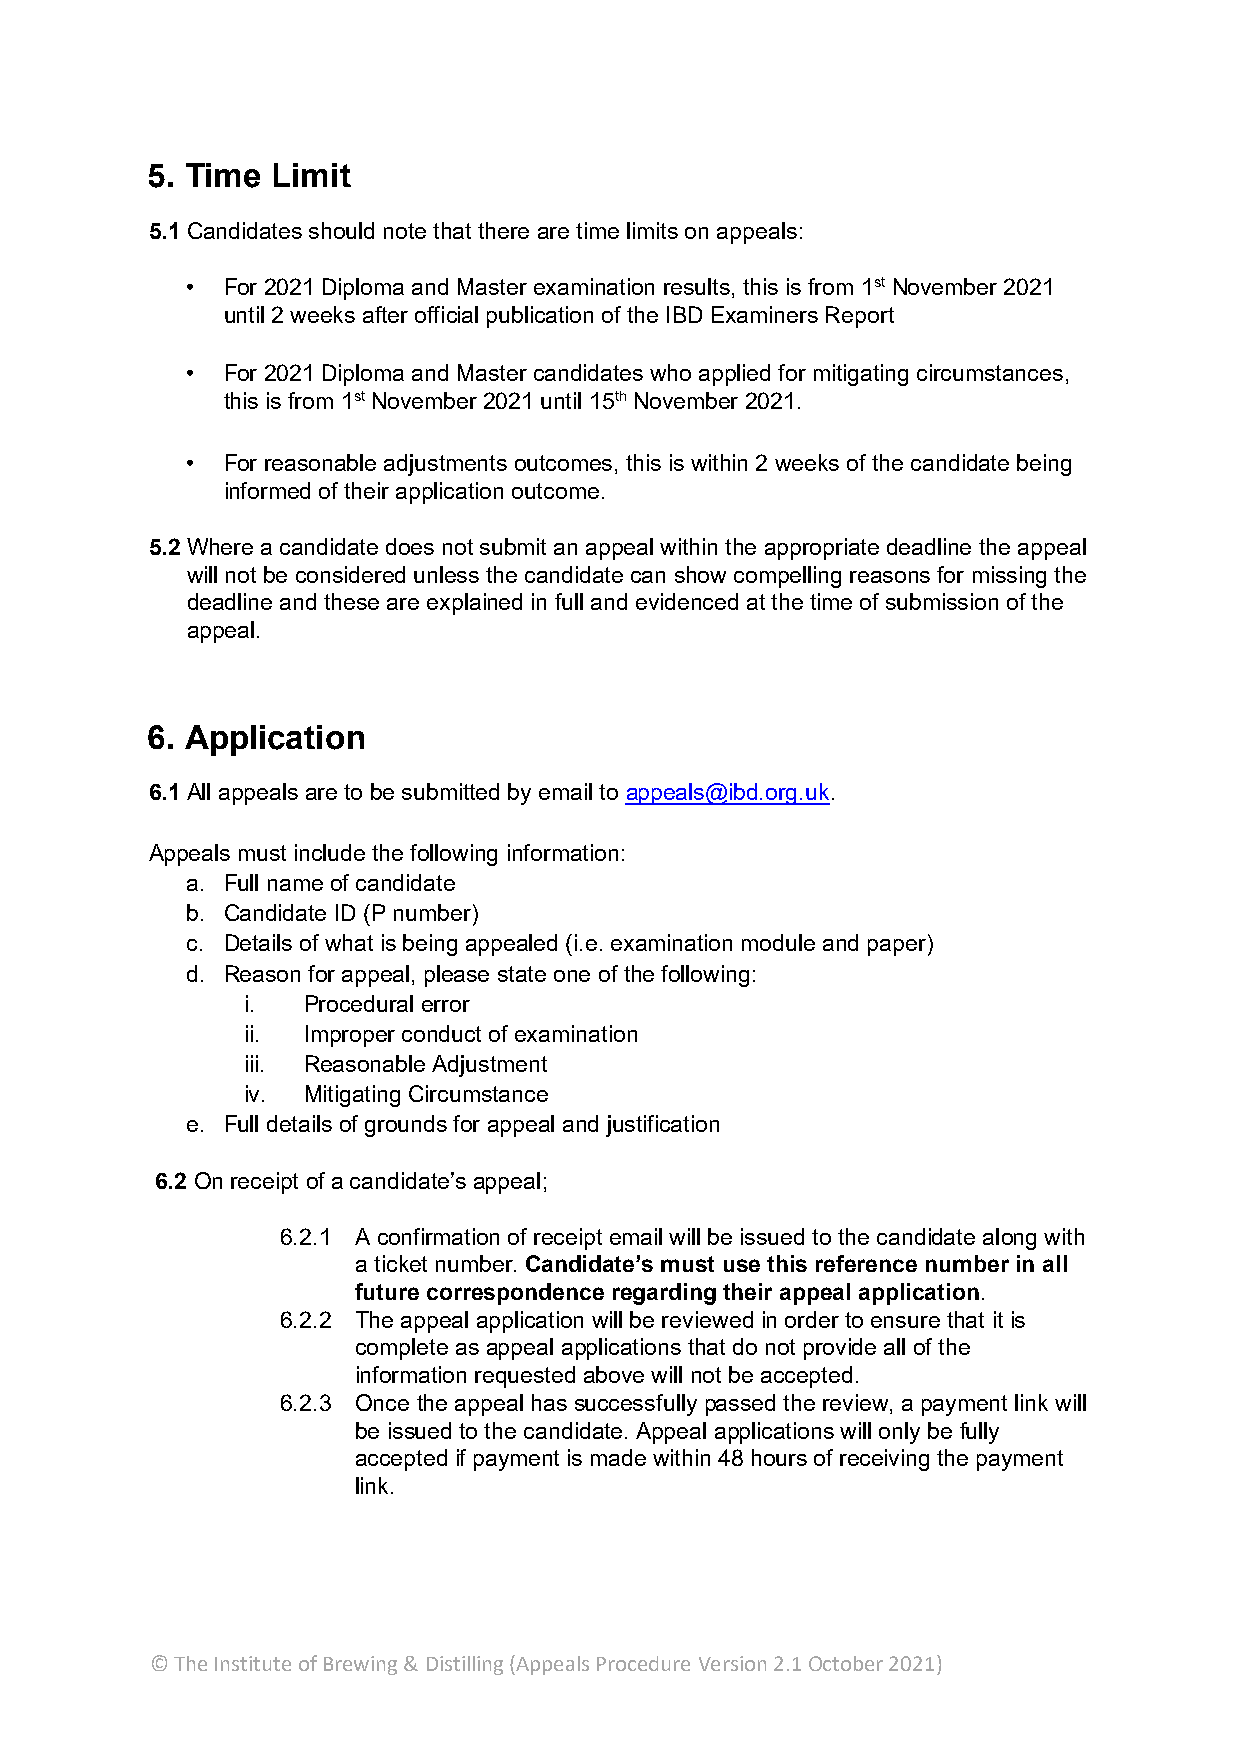
5. Time Limit
 5.1 Candidates should note that there are time limits on appeals:
 •  For 2021 Diploma and Master examination results, this is from 1st November 2021
 until 2 weeks after official publication of the IBD Examiners Report
 •  For 2021 Diploma and Master candidates who applied for mitigating circumstances,
 this is from 1st November 2021 until 15th November 2021.
 •  For reasonable adjustments outcomes, this is within 2 weeks of the candidate being
 informed of their application outcome.
 5.2 Where a candidate does not submit an appeal within the appropriate deadline the appeal
 will not be considered unless the candidate can show compelling reasons for missing the
 deadline and these are explained in full and evidenced at the time of submission of the
 appeal.
 6. Application
 6.1 All appeals are to be submitted by email to appeals@ibd.org.uk.
 Appeals must include the following information:
 a. Full name of candidate
 b. Candidate ID (P number)
 c. Details of what is being appealed (i.e. examination module and paper)
 d. Reason for appeal, please state one of the following:
 i.  Procedural error
 ii. Improper conduct of examination
 iii. Reasonable Adjustment
 iv. Mitigating Circumstance
 e. Full details of grounds for appeal and justification
 6.2 On receipt of a candidate’s appeal;
 6.2.1 A confirmation of receipt email will be issued to the candidate along with
 a ticket number. Candidate’s must use this reference number in all
 future correspondence regarding their appeal application.
 6.2.2 The appeal application will be reviewed in order to ensure that it is
 complete as appeal applications that do not provide all of the
 information requested above will not be accepted.
 6.2.3 Once the appeal has successfully passed the review, a payment link will
 be issued to the candidate. Appeal applications will only be fully
 accepted if payment is made within 48 hours of receiving the payment
 link.
 © The Institute of Brewing & Distilling (Appeals Procedure Version 2.1 October 2021)